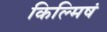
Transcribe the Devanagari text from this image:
किल्मिषं